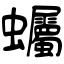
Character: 蠾